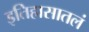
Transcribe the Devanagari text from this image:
इतिहासातलं